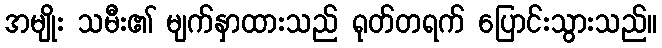
အမျိုး သမီး၏ မျက်နှာထားသည် ရုတ်တရက် ပြောင်းသွားသည်။